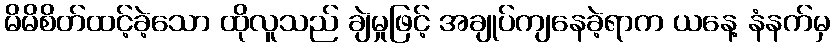
မိမိစိတ်ထင့်ခဲ့သော ထိုလူသည် ချဲမှုဖြင့် အချုပ်ကျနေခဲ့ရာက ယနေ့ နံနက်မှ